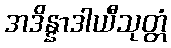
အဒိန္နာဒါယီသုတ္တံ